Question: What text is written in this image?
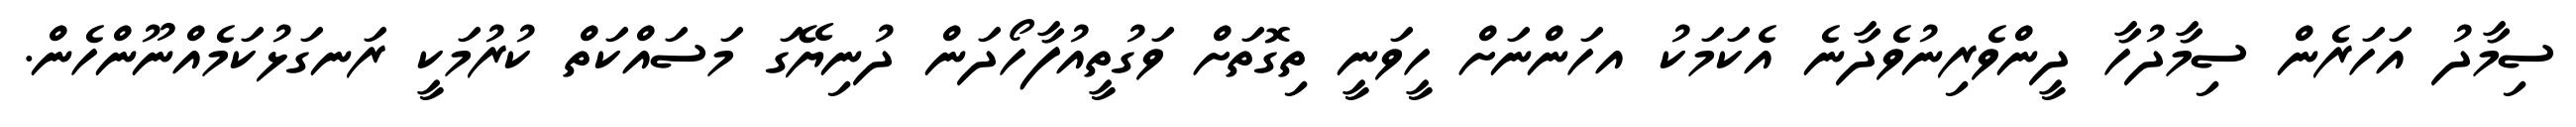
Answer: ސިމާދު އަހަރެން ސިމާދުހާ ދީންވެރިނުވެދާނެ އެކަމަކު އހަންނަށް ހީވަނީ ތިގޮތަށް ވަގުތީއުފާހޯދަން ދުނިޔޭގަ މަސައްކަތް ކުރުމަކީ ރަނގަޅުކަމެއްނޫންހެން.